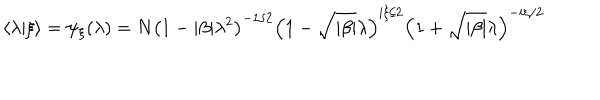
LaTeX: \langle \lambda \vert \xi \rangle = \psi _ { \xi } ( \lambda ) = N \left( 1 - \vert \beta \vert \lambda ^ { 2 } \right) ^ { - 1 / 2 } \left( 1 - \sqrt { \vert \beta \vert } \lambda \right) ^ { i \xi / 2 } \left( 1 + \sqrt { \vert \beta \vert } \lambda \right) ^ { - i \xi / 2 }